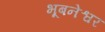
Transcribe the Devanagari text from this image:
भूबनेश्वर